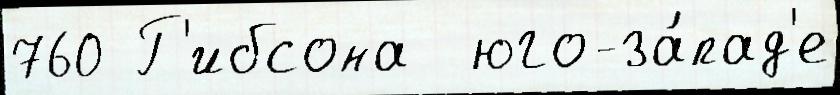
760 Г'ибсона  юго-за́пад'е